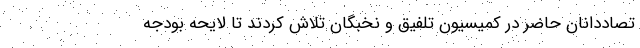
تصاددانان حاضر در کمیسیون تلفیق و نخبگان تلاش کردند تا لایحه بودجه